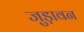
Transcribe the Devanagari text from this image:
जुड़ावन